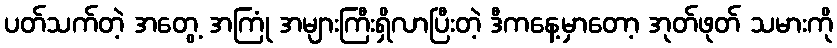
ပတ်သက်တဲ့ အတွေ့ အကြုံ အများကြီးရှိလာပြီးတဲ့ ဒီကနေ့မှာတော့ အုတ်ဖုတ် သမားကို